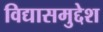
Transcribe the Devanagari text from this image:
विद्यासमुद्देश